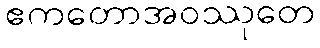
ဧကတောအဝဿုတေ